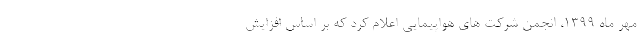
مهر ماه 1399، انجمن شرکت های هواپیمایی اعلام کرد که بر اساس افزایش